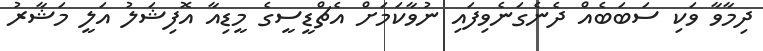
ދިމާވާ ވަކި ސަބަބެއް ދެނެގަނެވިފައި ނުވާކަމަށް އެޗްޑީސީގެ މީޑިއާ އޮފިޝަލު އަލީ މަޝާރު